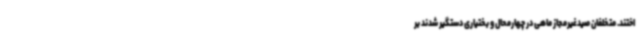
اختند. متخلفان صیدغیرمجاز ماهی در چهارمحال و بختیاری دستگیر شدند بر